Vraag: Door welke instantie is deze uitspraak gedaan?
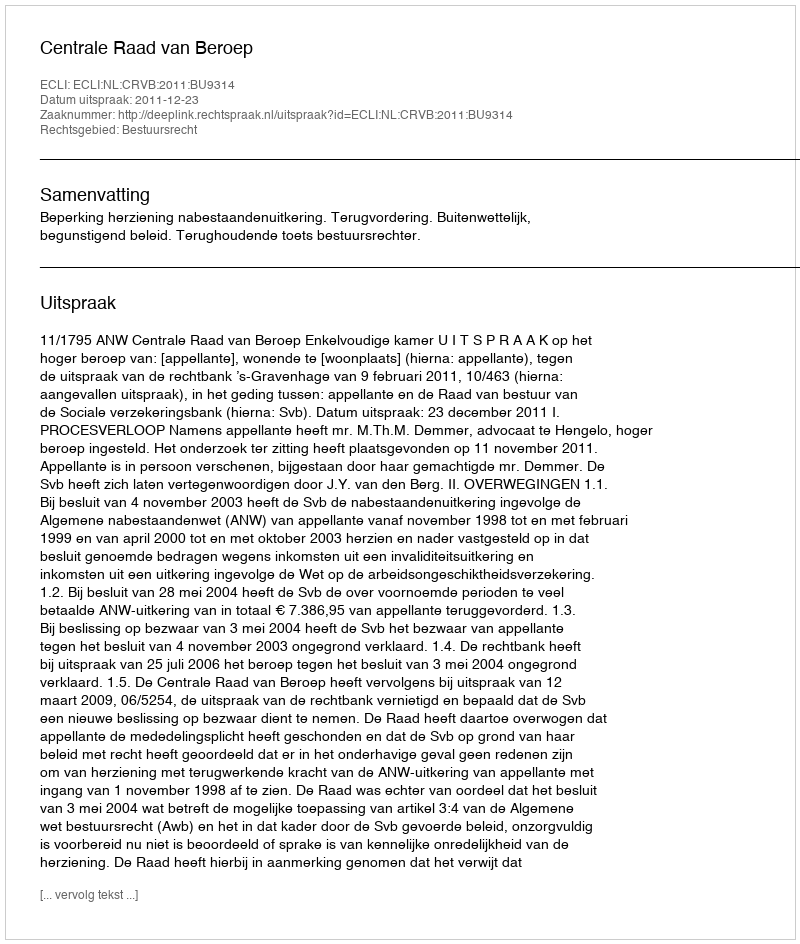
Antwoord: Centrale Raad van Beroep